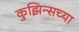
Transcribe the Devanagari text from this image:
कुझिन्सच्या